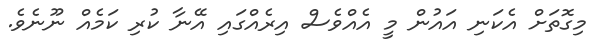
މިގޮތަށް އެކަނި އައުން މީ އެއްވެސް އިރެއްގައި އޭނާ ކުރި ކަމެއް ނޫނެވެ.